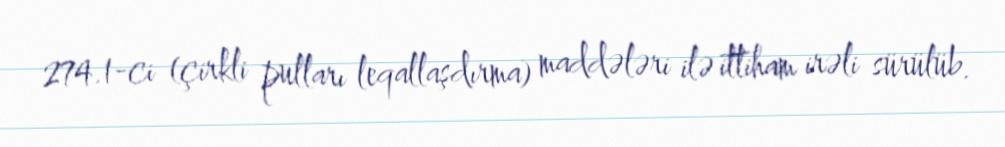
274.1-ci (çirkli pulları leqallaşdırma) maddələri ilə ittiham irəli sürülüb.